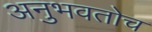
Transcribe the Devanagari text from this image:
अनुभवतोच